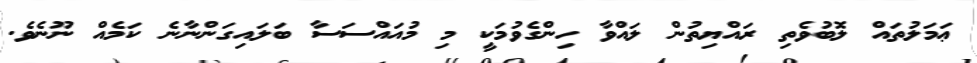
ޢަމަލުތައް ލޮބުވެތި ރައްޔިތުން ލައްވާ ހިންގެވުމަކީ މި މުއައްސަސާ ބަލައިގަންނާނެ ކަމެއް ނޫނެވެ.